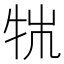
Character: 𤙍